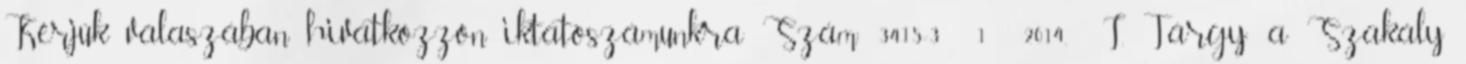
Kérjük válaszában hivatkozzon iktatószámunkra Szám: 3415-3 1 2014. I. Tárgy: a Szakály